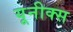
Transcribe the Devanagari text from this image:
यूनीक्स